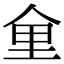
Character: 𪜽